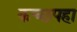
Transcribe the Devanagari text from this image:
कच्छपहा